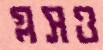
গ্লসও